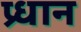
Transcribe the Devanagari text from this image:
प्र्धान